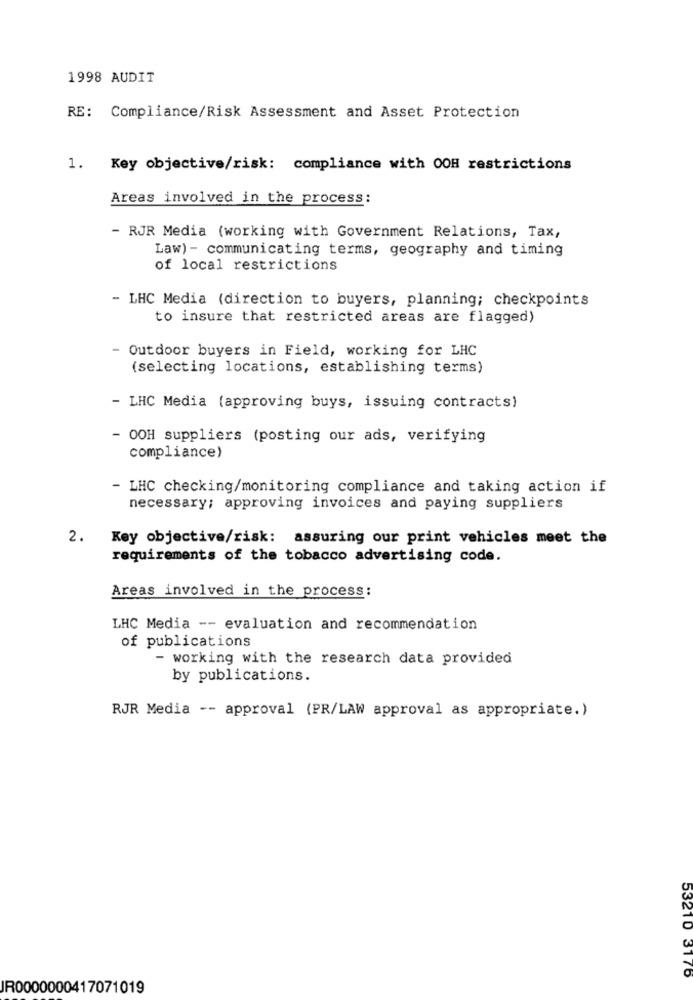
1998 AUDIT
RE:
Compliance/Risk Assessment and Asset Protection
1. Key objective/risk: compliance with OOH restrictions
Areas involved in the process:
- RJR Media (working with Government Relations, Tax,
Law) - communicating terms, geography and timing
of local restrictions
- LHC Media (direction to buyers, planning; checkpoints
to insure that restricted areas are flagged)
- Outdoor buyers in Field, working for LHC
(selecting locations, establishing terms)
- LHC Media (approving buys, issuing contracts)
- OOH suppliers (posting our ads, verifying
compliance)
- LHC checking/monitoring compliance and taking action if
necessary; approving invoices and paying suppliers
2.
Key objective/risk: assuring our print vehicles meet the
requirements of the tobacco advertising code.
Areas involved in the process:
LHC Media -- evaluation and recommendation
of publications
- working with the research data provided
by publications.
RJR Media -- approval (PR/LAW approval as appropriate.)
53210 3176
JR0000000417071019